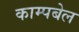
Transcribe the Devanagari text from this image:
काम्पबेल